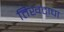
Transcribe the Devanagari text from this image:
तिखटाचा